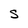
Character: S